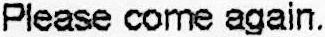
PLEASE COME AGAIN.